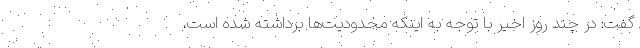
گفت: در چند روز اخیر با توجه به اینکه محدودیت‌ها برداشته شده است،